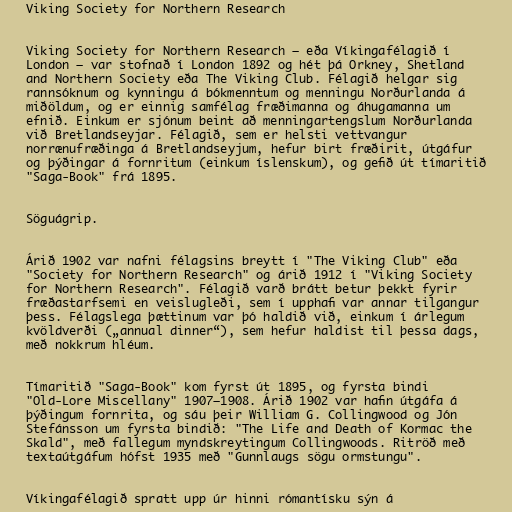
Viking Society for Northern Research

Viking Society for Northern Research – eða Víkingafélagið í
London – var stofnað í London 1892 og hét þá Orkney, Shetland
and Northern Society eða The Viking Club. Félagið helgar sig
rannsóknum og kynningu á bókmenntum og menningu Norðurlanda á
miðöldum, og er einnig samfélag fræðimanna og áhugamanna um
efnið. Einkum er sjónum beint að menningartengslum Norðurlanda
við Bretlandseyjar. Félagið, sem er helsti vettvangur
norrænufræðinga á Bretlandseyjum, hefur birt fræðirit, útgáfur
og þýðingar á fornritum (einkum íslenskum), og gefið út tímaritið
"Saga-Book" frá 1895.

Söguágrip.

Árið 1902 var nafni félagsins breytt í "The Viking Club" eða
"Society for Northern Research" og árið 1912 í "Viking Society
for Northern Research". Félagið varð brátt betur þekkt fyrir
fræðastarfsemi en veislugleði, sem í upphafi var annar tilgangur
þess. Félagslega þættinum var þó haldið við, einkum í árlegum
kvöldverði („annual dinner“), sem hefur haldist til þessa dags,
með nokkrum hléum.

Tímaritið "Saga-Book" kom fyrst út 1895, og fyrsta bindi
"Old-Lore Miscellany" 1907–1908. Árið 1902 var hafin útgáfa á
þýðingum fornrita, og sáu þeir William G. Collingwood og Jón
Stefánsson um fyrsta bindið: "The Life and Death of Kormac the
Skald", með fallegum myndskreytingum Collingwoods. Ritröð með
textaútgáfum hófst 1935 með "Gunnlaugs sögu ormstungu".

Víkingafélagið spratt upp úr hinni rómantísku sýn á